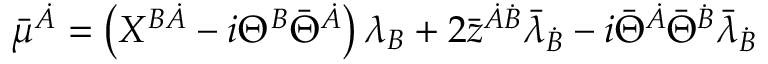
\bar { \mu } ^ { \dot { A } } = \left( X ^ { B \dot { A } } - i \Theta ^ { B } \bar { \Theta } ^ { \dot { A } } \right) \lambda _ { B } + 2 \bar { z } ^ { \dot { A } \dot { B } } \bar { \lambda } _ { \dot { B } } - i \bar { \Theta } ^ { \dot { A } } \bar { \Theta } ^ { \dot { B } } \bar { \lambda } _ { \dot { B } }